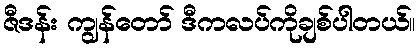
ဇီဒန်း ကျွန်တော် ဒီကလပ်ကိုချစ်ပါတယ်။